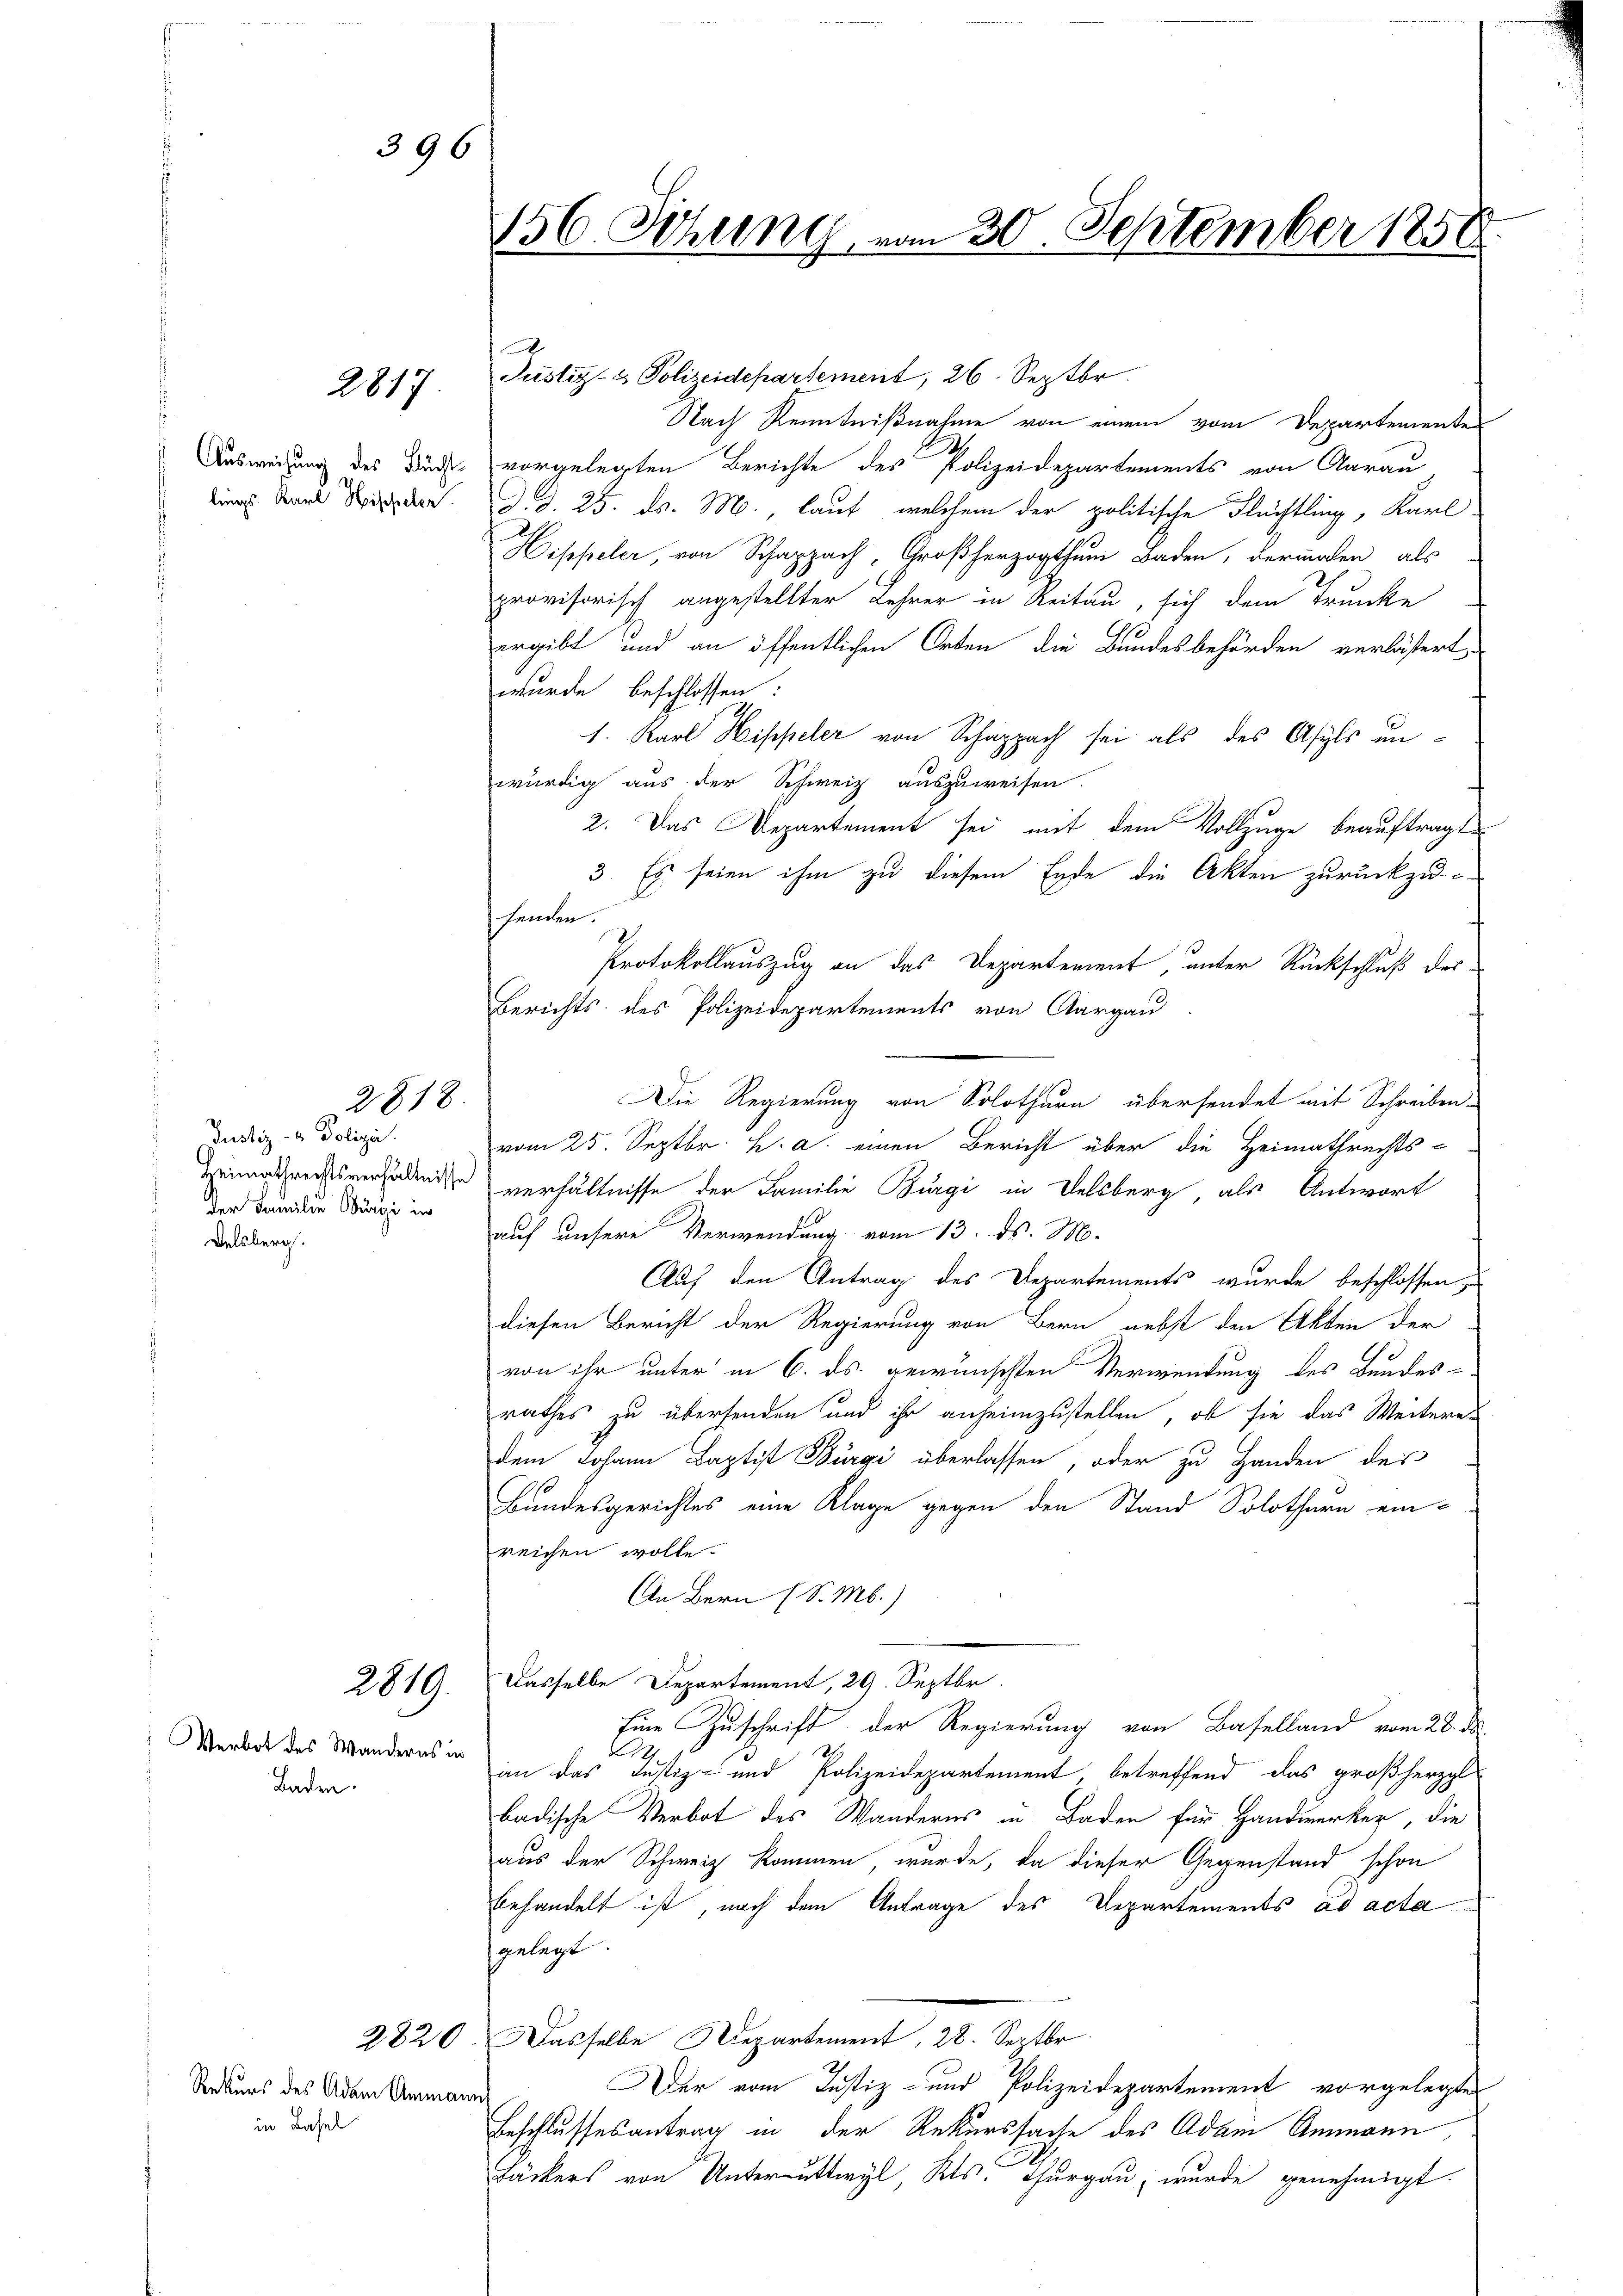
Ausweisung des Flüchtlings. Karl Hischeler.

Verbot des Wanderns in
Baden.

2817.

396

2818.

Justiz- & Polizei.
der Familie Bürgi in
Delsberg.

2819.

Rekurs des Adam Ammanni
in Basel

2220

156. Sitzung vom 30. September 1858.

Justiz- & Polizeidepartement, 26. Septbr.
Nach Kenntnißnahme von einem vom Departemente
vorgelegten Berichte des Polizeidepartements von Aarau
d. d. 25. ds. M., lauf, welchem der politische Flüchtling, Karl
Hippeler, von Schappach, Großherzogthum Baden, dermalen, als
provisorisch angestellter Lehrer in Reitau, sich dem Trunke
ergibt und an öffentlichen Orten die Bundesbehörden verlässert,
wurde beschlossen:
1. Karl Hippeler von Schäppach sei als des Asyls unwürdig aus der Schweiz auszuweisen.
2. Das Departement sei mit dem Vollzuge beauftragt
3. Es seien ihm zu diesem Ende die Akten zurückzuhanden.
Protokollauszug an das Departement, unter Rückschluß der
Berichts des Polizeidepartements von Aargau
vom 25. Septbr. h. a. einen Bericht über die Heimathrechts-
Heimathrechtsverordende verhältnisse der Familie Burgi in Delsberg als Antwort
auf unsere Verwendung vom 13. ds. M.
Auf den Antrag des Departements wurde beschlossen
diesen Bericht der Regierung von Bern nebst den Akten der
von ihr unter in 6. ds. gewünschten Verwendung des Bundes-
rathes zu übersenden und ihr anheimzustellen, ob sie das Weiteren
dem Johann Baptist Bürgi überlassen, oder zu Handen des
Bundesgerichtes eine Klage gegen den Stand Solothurn ein
reichen wolle.
An Bern (S. M.)
Dasselbe Departement, 29. Septbr.
Eine Zuschrift der Regierung von Baselland vom 28. ds.
12
an das Justiz- und Polizeidepartement, betreffend das großherzg
badische Verbot des Wanderns in Baden für Handwerker, die
aus der Schweiz kommen, wurde, da dieser Gegenstand schon
behandelt ist, nach dem Antrage des Departements ad acta
gelegt.
Dasselbe Departement, 28. Septbr
Der vom Justiz- und Polizeidepartement vorgelegtes
Beschlussesantrag in der Rekurssache des Adam Anneren
Bäckers von Unterputtwyl, Kts. Thurgau, wurde genehmigt.

Die Regierung von Solothurn übersendet mit Schreiben-